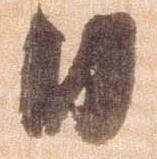
日